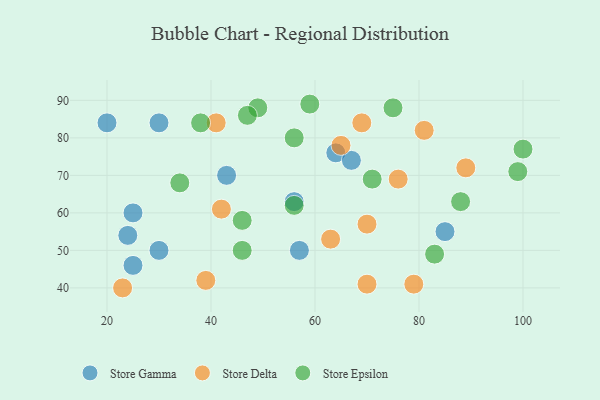
{"axis": {"x": "GDP", "y": "Life Expectancy"}, "legend": ["Store Delta", "Store Epsilon", "Store Gamma"], "data": [{"x": "30", "y": 50, "type": "Store Gamma"}, {"x": "64", "y": 76, "type": "Store Gamma"}, {"x": "20", "y": 84, "type": "Store Gamma"}, {"x": "25", "y": 46, "type": "Store Gamma"}, {"x": "24", "y": 54, "type": "Store Gamma"}, {"x": "57", "y": 50, "type": "Store Gamma"}, {"x": "30", "y": 84, "type": "Store Gamma"}, {"x": "85", "y": 55, "type": "Store Gamma"}, {"x": "67", "y": 74, "type": "Store Gamma"}, {"x": "56", "y": 63, "type": "Store Gamma"}, {"x": "25", "y": 60, "type": "Store Gamma"}, {"x": "43", "y": 70, "type": "Store Gamma"}, {"x": "63", "y": 53, "type": "Store Delta"}, {"x": "41", "y": 84, "type": "Store Delta"}, {"x": "39", "y": 42, "type": "Store Delta"}, {"x": "81", "y": 82, "type": "Store Delta"}, {"x": "23", "y": 40, "type": "Store Delta"}, {"x": "65", "y": 78, "type": "Store Delta"}, {"x": "89", "y": 72, "type": "Store Delta"}, {"x": "70", "y": 41, "type": "Store Delta"}, {"x": "42", "y": 61, "type": "Store Delta"}, {"x": "69", "y": 84, "type": "Store Delta"}, {"x": "70", "y": 57, "type": "Store Delta"}, {"x": "76", "y": 69, "type": "Store Delta"}, {"x": "79", "y": 41, "type": "Store Delta"}, {"x": "99", "y": 71, "type": "Store Epsilon"}, {"x": "46", "y": 58, "type": "Store Epsilon"}, {"x": "38", "y": 84, "type": "Store Epsilon"}, {"x": "56", "y": 80, "type": "Store Epsilon"}, {"x": "56", "y": 62, "type": "Store Epsilon"}, {"x": "88", "y": 63, "type": "Store Epsilon"}, {"x": "49", "y": 88, "type": "Store Epsilon"}, {"x": "75", "y": 88, "type": "Store Epsilon"}, {"x": "59", "y": 89, "type": "Store Epsilon"}, {"x": "83", "y": 49, "type": "Store Epsilon"}, {"x": "100", "y": 77, "type": "Store Epsilon"}, {"x": "47", "y": 86, "type": "Store Epsilon"}, {"x": "46", "y": 50, "type": "Store Epsilon"}, {"x": "34", "y": 68, "type": "Store Epsilon"}, {"x": "71", "y": 69, "type": "Store Epsilon"}]}